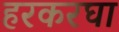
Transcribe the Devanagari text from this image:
हरकरघा